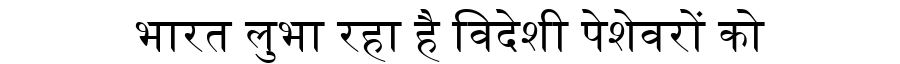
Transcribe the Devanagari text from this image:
भारत लुभा रहा है विदेशी पेशेवरों को